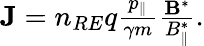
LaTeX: \begin{array}{r}{{\mathbf J}=n_{RE}q\frac{p_{\| }}{\gamma m}\frac{{\mathbf B}^{*}}{B_{\| }^{*}}.}\end{array}